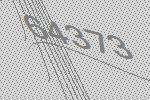
64373